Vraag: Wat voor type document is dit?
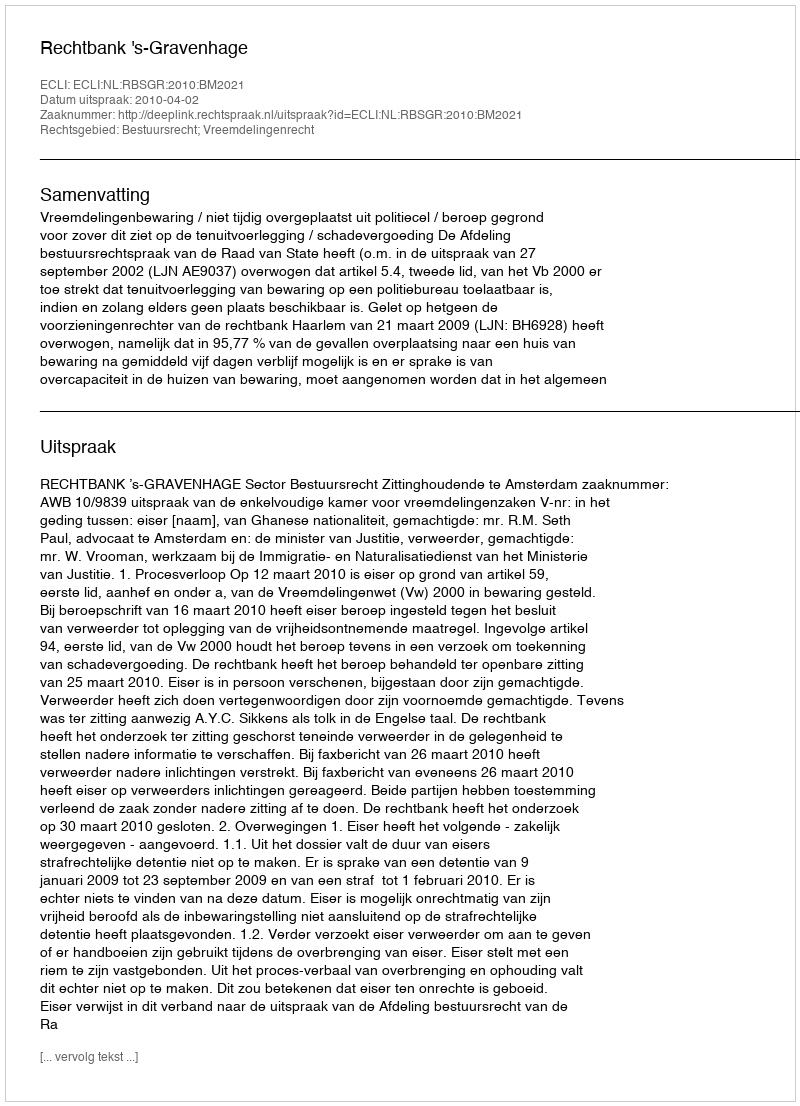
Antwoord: Uitspraak